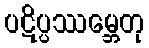
ပဋိပ္ပဿမ္ဘေတု